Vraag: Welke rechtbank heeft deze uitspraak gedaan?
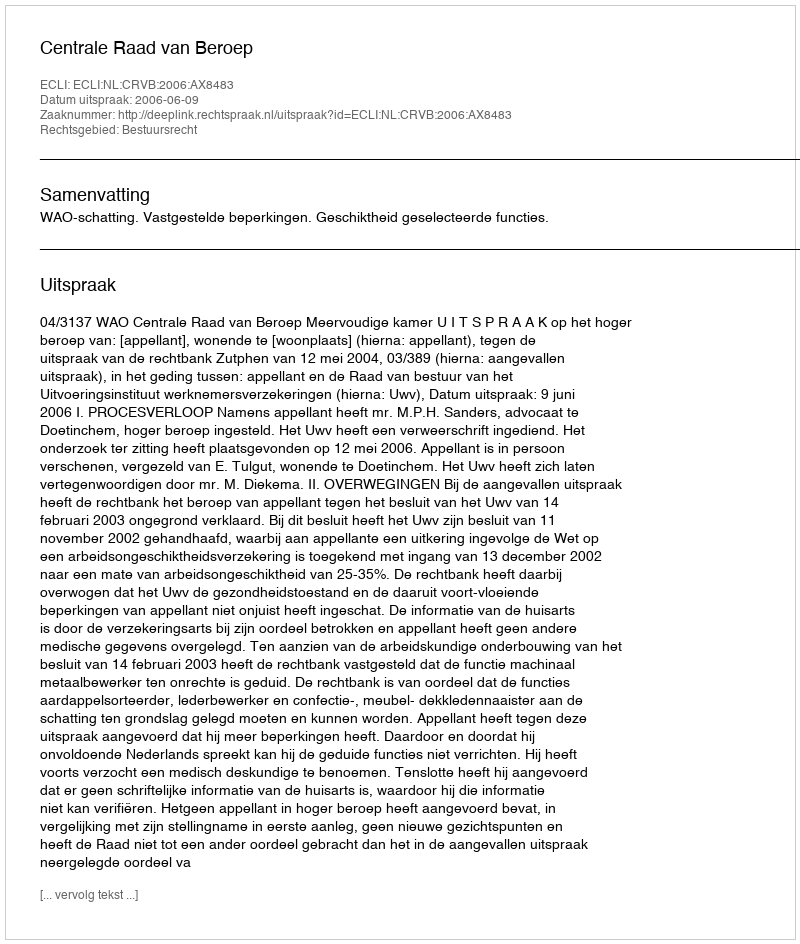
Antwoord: Centrale Raad van Beroep